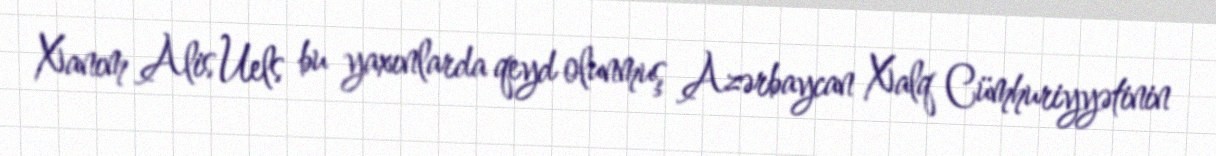
Xanım Alis Uels bu yaxınlarda qeyd olunmuş Azərbaycan Xalq Cümhuriyyətinin